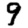
Digit: 9